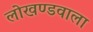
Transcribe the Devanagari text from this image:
लोखण्डवाला